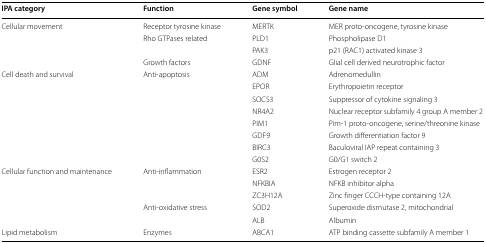
| IPA category | Function | Gene symbol | Gene name |
 | --- | --- | --- | --- |
 | Cellular movement | Receptor tyrosine kinase | MERTK | MER proto-oncogene, tyrosine kinase |
 |  | Rho GTPases related | PLD1 | Phospholipase D1 |
 |  |  | PAK3 | p21 (RAC1) activated kinase 3 |
 |  | Growth factors | GDNF | Glial cell derived neurotrophic factor |
 | <ROWSPAN=2> Cell death and survival | Anti-apoptosis | ADM | Adrenomedullin |
 |  | EPOR | Erythropoietin receptor |
 |  |  | SOCS3 | Suppressor of cytokine signaling 3 |
 |  |  | NR4A2 | Nuclear receptor subfamily 4 group A member 2 |
 |  |  | PIM1 | Pim-1 proto-oncogene, serine/threonine kinase |
 |  |  | GDF9 | Growth differentiation factor 9 |
 |  |  | BIRC3 | Baculoviral IAP repeat containing 3 |
 |  |  | G0S2 | G0/G1 switch 2 |
 | <ROWSPAN=2> Cellular function and maintenance | Anti-inflammation | ESR2 | Estrogen receptor 2 |
 |  | NFKBIA | NFKB inhibitor alpha |
 |  |  | ZC3H12A | Zinc finger CCCH-type containing 12A |
 |  | Anti-oxidative stress | SOD2 | Superoxide dismutase 2, mitochondrial |
 |  |  | ALB | Albumin |
 | Lipid metabolism | Enzymes | ABCA1 | ATP binding cassette subfamily A member 1 |